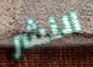
النشر